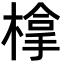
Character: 𣗯